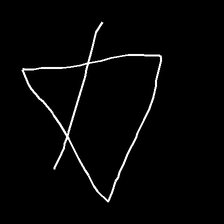
Glyph: empower